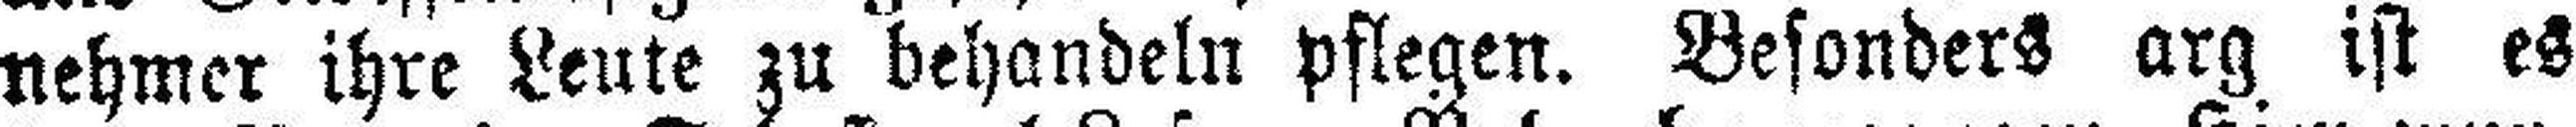
nehmer ihre Leute zu behandeln pflegen. Besonders arg ist es